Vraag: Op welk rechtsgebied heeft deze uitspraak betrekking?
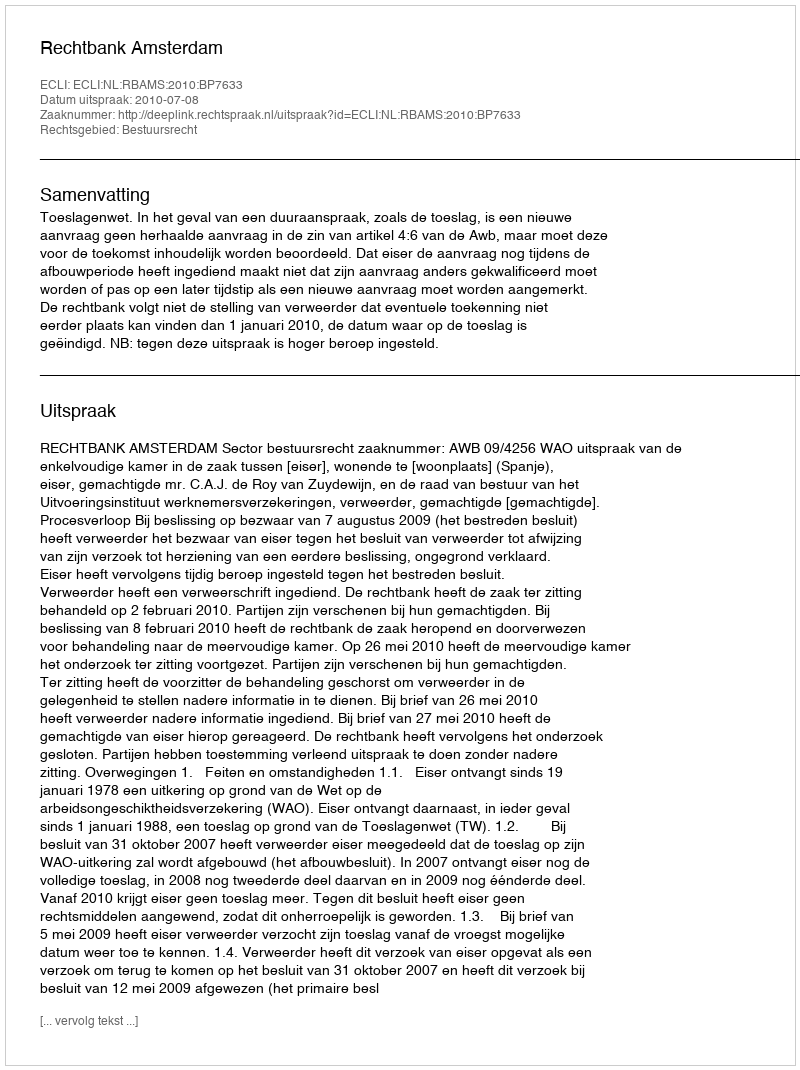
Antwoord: Bestuursrecht